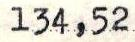
134,52